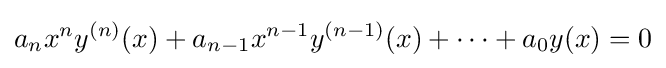
a_{n}x^{n}y^{(n)}(x)+a_{n-1}x^{n-1}y^{(n-1)}(x)+\dots +a_{0}y(x)=0